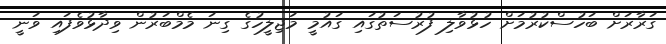
ގަރާރަށް ބަހުސްކުރުމަށް ހުޅުވާލި ފުރުސަތުގައި ގައުމީ މަޖިލީހުގެ ގިނަ މެމްބަރުން ވިދާޅުވެފައި ވަނީ